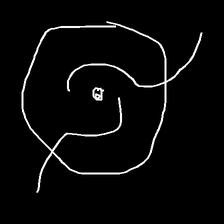
Glyph: repetition